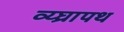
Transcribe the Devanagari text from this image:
व्य्घ्रापथ